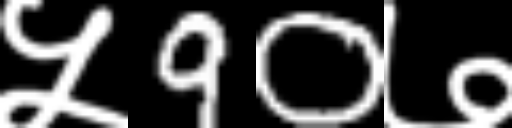
Text: ५90७